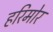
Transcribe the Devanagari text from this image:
हरिमोर